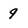
Character: 9